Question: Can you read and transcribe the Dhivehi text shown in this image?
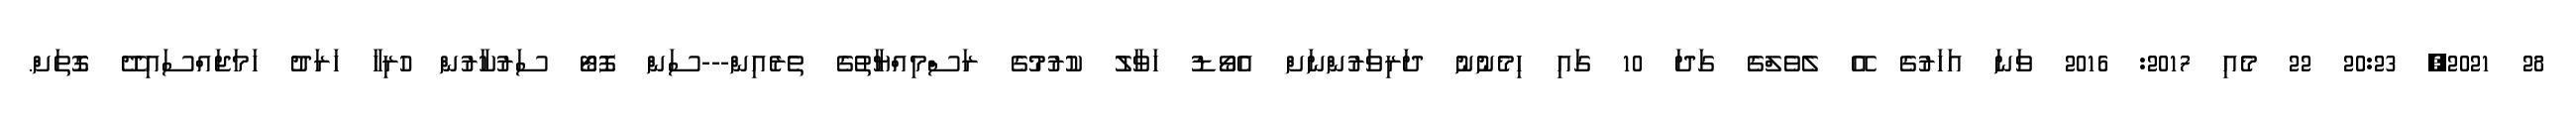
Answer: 28 2021, 20:23 22 މެއި 2017: 2016 ވަނަ އަހަރުގެ އޭ ލެވެލްގެ ގަދަ 10 ގައި ހިމެނުނު ދަރިވަރުންނަށް އެވޯޑު ހަވާލު ކުރުމުގެ ރަސްމިއްޔާތުގެ ތެރެއިން---ސަން ފޮޓޯ ސަރުކާރުން ހުރިހާ ހަރަދު ހަމަޖައްސައިދޭ ގޮތަށް.